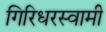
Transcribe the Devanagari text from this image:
गिरिधरस्वामी